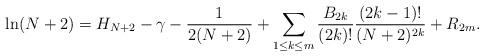
LaTeX: \begin{align*}\ln(N+2)=H_{N+2}-\gamma-\frac{1}{2(N+2)}+\sum_{1\leq k \leq m} \frac{B_{2k}}{(2k)!}\frac{(2k-1)!}{(N+2)^{2k}}+R_{2m}.\end{align*}